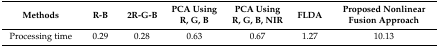
| Methods | R-B | 2R-G-B | PCA Using R, G, B | PCA Using R, G, B, NIR | FLDA | Proposed Nonlinear Fusion Approach |
 | --- | --- | --- | --- | --- | --- | --- |
 | Processing time | 0.29 | 0.28 | 0.63 | 0.67 | 1.27 | 10.13 |